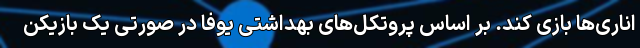
اناری‌ها بازی کند. بر اساس پروتکل‌های بهداشتی یوفا در صورتی یک بازیکن